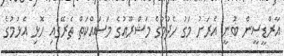
އާރްޑީސީން ބުނީ އެރަށު މަގު ހެދުމުގެ މަޝްރޫޢުގެ މަސައްކަތް ތެރޭގައި ހޮޅި އެޅުމުގެ